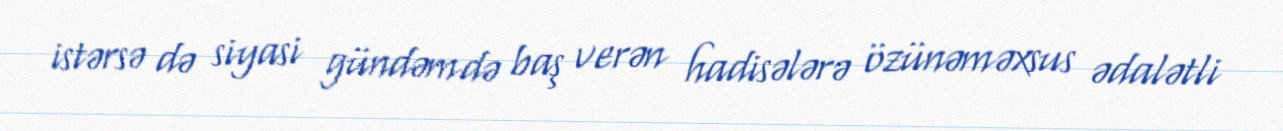
istərsə də siyasi gündəmdə baş verən hadisələrə özünəməxsus ədalətli